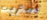
ستريت